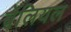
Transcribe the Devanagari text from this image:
बेलियल